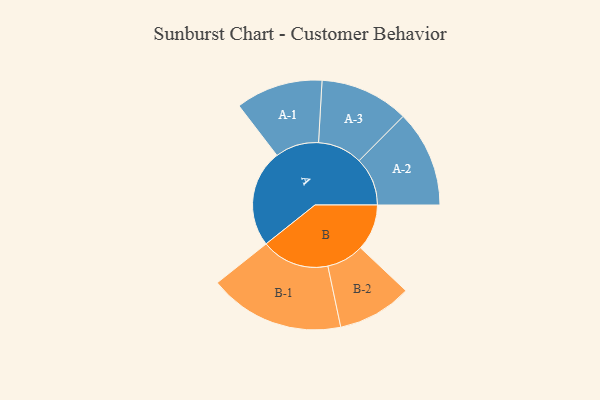
{"axis": {"x": "Segment", "y": "Value"}, "legend": ["", "A", "B"], "data": [{"x": "A", "y": 429, "type": ""}, {"x": "B", "y": 204, "type": ""}, {"x": "A-1", "y": 192, "type": "A"}, {"x": "A-2", "y": 213, "type": "A"}, {"x": "A-3", "y": 196, "type": "A"}, {"x": "B-1", "y": 299, "type": "B"}, {"x": "B-2", "y": 164, "type": "B"}]}